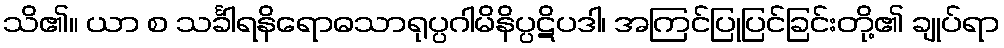
သိ၏။ ယာ စ သင်္ခါရနိရောဓသာရုပ္ပဂါမိနိပ္ပဋိပဒါ၊ အကြင်ပြုပြင်ခြင်းတို့၏ ချုပ်ရာ